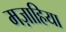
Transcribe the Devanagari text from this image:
मज़ाहिया